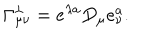
LaTeX: \Gamma _ { \mu \nu } ^ { \lambda } = e ^ { \lambda a } D _ { \mu } e _ { \nu } ^ { a } .